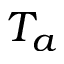
T _ { a }